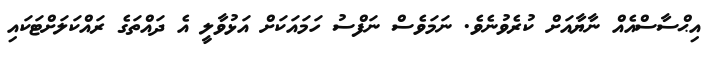
އިޙްސާސްއެއް ނާޔާއަށް ކުރެވުނެވެ. ނަމަވެސް ނަފްސު ހަމައަކަށް އަޅުވާލީ އެ ދައްތަގެ ރައްކަލަށްޓަކައި